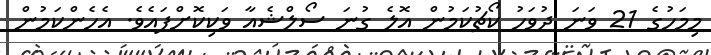
މިމަހުގެ 21 ވަނަ ދުވަހު ކޯޗުކަމުން އޮލެ ގުނަ ސޯލްޝެއާ ވަކިކޮށްފައެވެ. އެހެންކަމުން